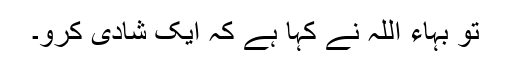
تو بہاء اللہ نے کہا ہے کہ ایک شادی کرو۔